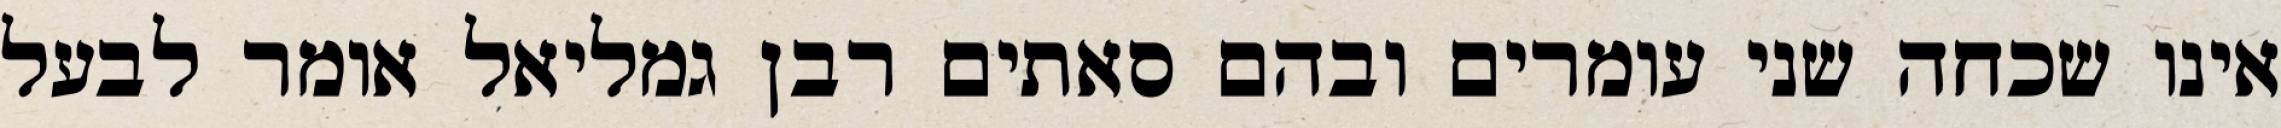
אינו שכחה שני עומרים ובהם סאתים רבן גמליאל אומר לבעל